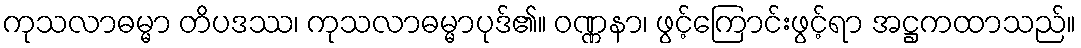
ကုသလာဓမ္မာ တိပဒဿ၊ ကုသလာဓမ္မာပုဒ်၏။ ဝဏ္ဏနာ၊ ဖွင့်ကြောင်းဖွင့်ရာ အဋ္ဌကထာသည်။